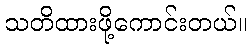
သတိထားဖို့ကောင်းတယ်။